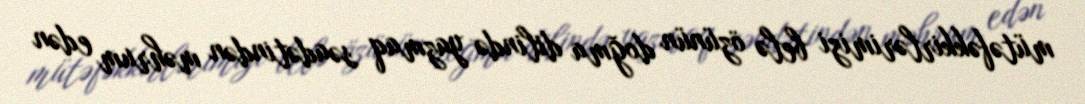
mütəfəkkirlərimizi belə özünün doğma dilində yazmaq səadətindən məhrum edən